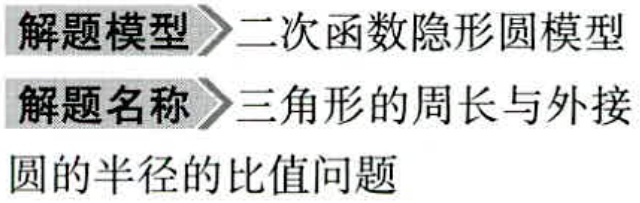
解题模型$\rhd$二次函数隐形圆模型
解题名称$\rhd$三角形的周长与外接
圆的半径的比值问题